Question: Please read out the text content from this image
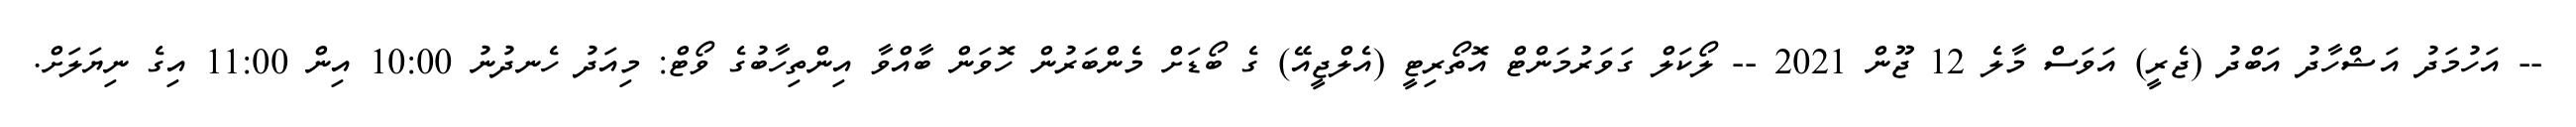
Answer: -- އަހުމަދު އަޝްހާދު އަބްދު (ޖެރީ) އަވަސް މާލެ 12 ޖޫން 2021 -- ލޯކަލް ގަވަރުމަންޓް އޮތޯރިޓީ (އެލްޖީއޭ) ގެ ބޯޑަށް މެންބަރުން ހޮވަން ބާއްވާ އިންތިހާބުގެ ވޯޓް: މިއަދު ހެނދުނު 10:00 އިން 11:00 އިގެ ނިޔަލަށް.